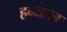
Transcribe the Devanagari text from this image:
हन्धाल